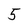
Character: 5